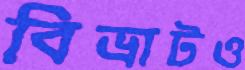
বিভ্রাটও